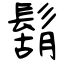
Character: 鬍